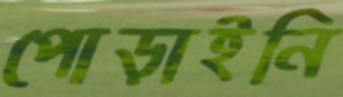
পোড়াইনি